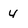
Character: 4